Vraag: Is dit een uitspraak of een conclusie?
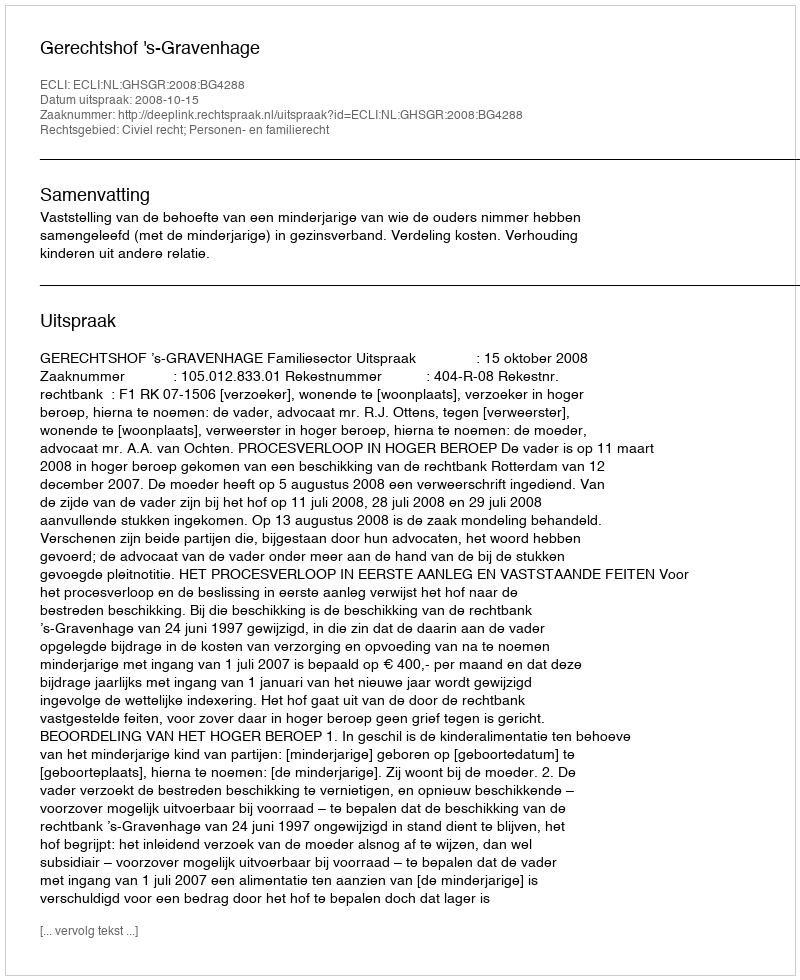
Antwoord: Uitspraak